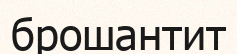
брошантит